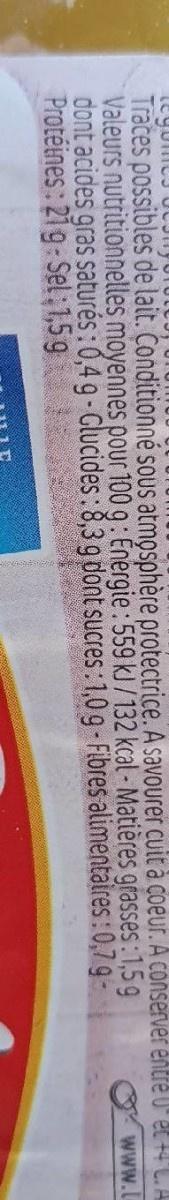
Traces possibles de lait. Conditionné sous atmosphère protectrice. A savourer cuit à coeur. A conserver entre U" et 14'L. A Valeurs nutritionnelles moyennes pour 100 g: Énergie : 559 kJ /132 kcal - Matières grasses:1,5 9 dont acides gras saturés : 0,4 g - Glucides:8,3 g dont sucres: 1,0 g-Fibres alimentaires:0,7 9- Protéines: 21 g-Sel;1,59
www.